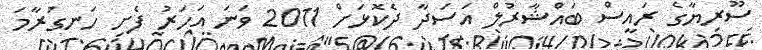
ސޫރިޔާގެ ރައީސް ބައްޝާރުލް އަސަދާ ދެކޮޅަށް 2011 ވަނަ އަހަރު ފެށި ހަނގުރާމަ